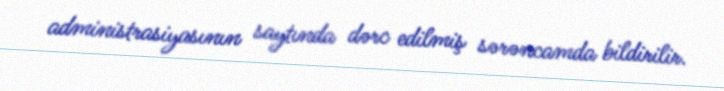
administrasiyasının saytında dərc edilmiş sərəncamda bildirilir.